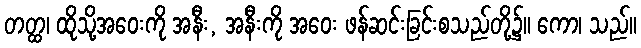
တတ္ထ၊ ထိုသို့အဝေးကို အနီး, အနီးကို အဝေး ဖန်ဆင်းခြင်းစသည်တို့၌။ ကော၊ သည်။